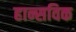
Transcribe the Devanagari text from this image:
हान्सविक